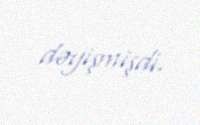
dəyişmişdi.